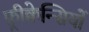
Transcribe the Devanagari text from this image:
फ़्रीक्वेन्सियों